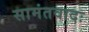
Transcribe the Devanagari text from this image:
सामंतवादः